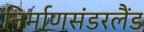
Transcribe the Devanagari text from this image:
निर्माणसंडरलैंड